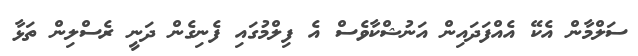
ސަލްމާން އެކޭ އެއްފަދައިން އަނުޝްކާވެސް އެ ފިލްމުގައި ފެނިގެން ދަނީ ރެސްލިން ތަޅާ